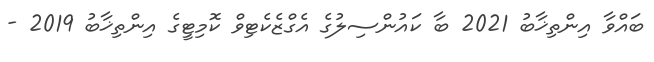
ބައްވާ އިންތިޚާބު 2021 ބާ ކައުންސިލުގެ އެގްޒެކެޓިވް ކޮމިޓީގެ އިންތިޚާބު 2019 -